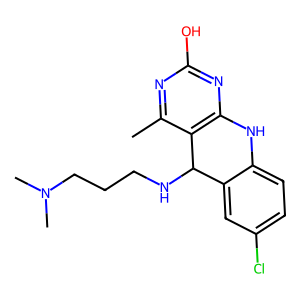
SMILES: Cc1nc(O)nc2c1C(NCCCN(C)C)c1cc(Cl)ccc1N2
Inhibits HIV replication: No